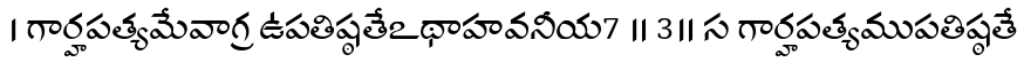
। గార్హపత్యమేవాగ్ర ఉపతిష్ఠతేఽథాహవనీయ7 ॥ 3॥ స గార్హపత్యముపతిష్ఠతే